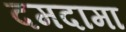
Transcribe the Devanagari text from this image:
दमदामा